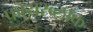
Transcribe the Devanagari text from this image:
फ़ायरब्लॉक